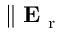
\parallel \mathbf { E } _ { \mathrm { ~ r ~ } }